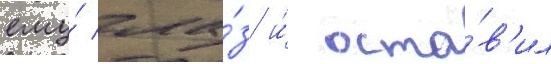
ему́ гла́з и́ оста́в'ил